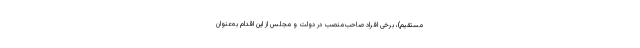
مستقیم)، برخی افراد صاحب‌منصب در دولت و مجلس از این اقدام به‌عنوان